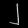
Digit: ၂